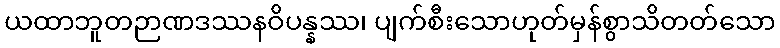
ယထာဘူတဉာဏဒဿနဝိပန္နဿ၊ ပျက်စီးသောဟုတ်မှန်စွာသိတတ်သော